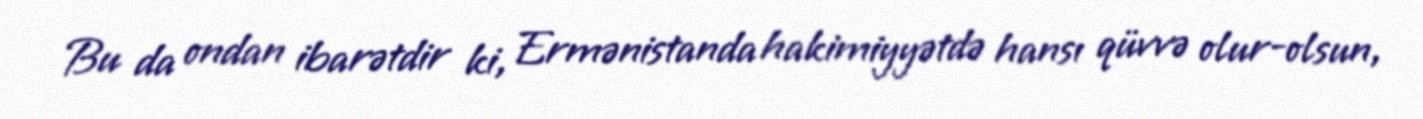
Bu da ondan ibarətdir ki, Ermənistanda hakimiyyətdə hansı qüvvə olur-olsun,